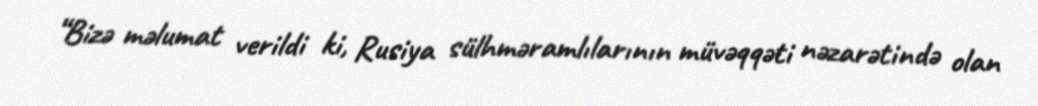
“Bizə məlumat verildi ki, Rusiya sülhməramlılarının müvəqqəti nəzarətində olan